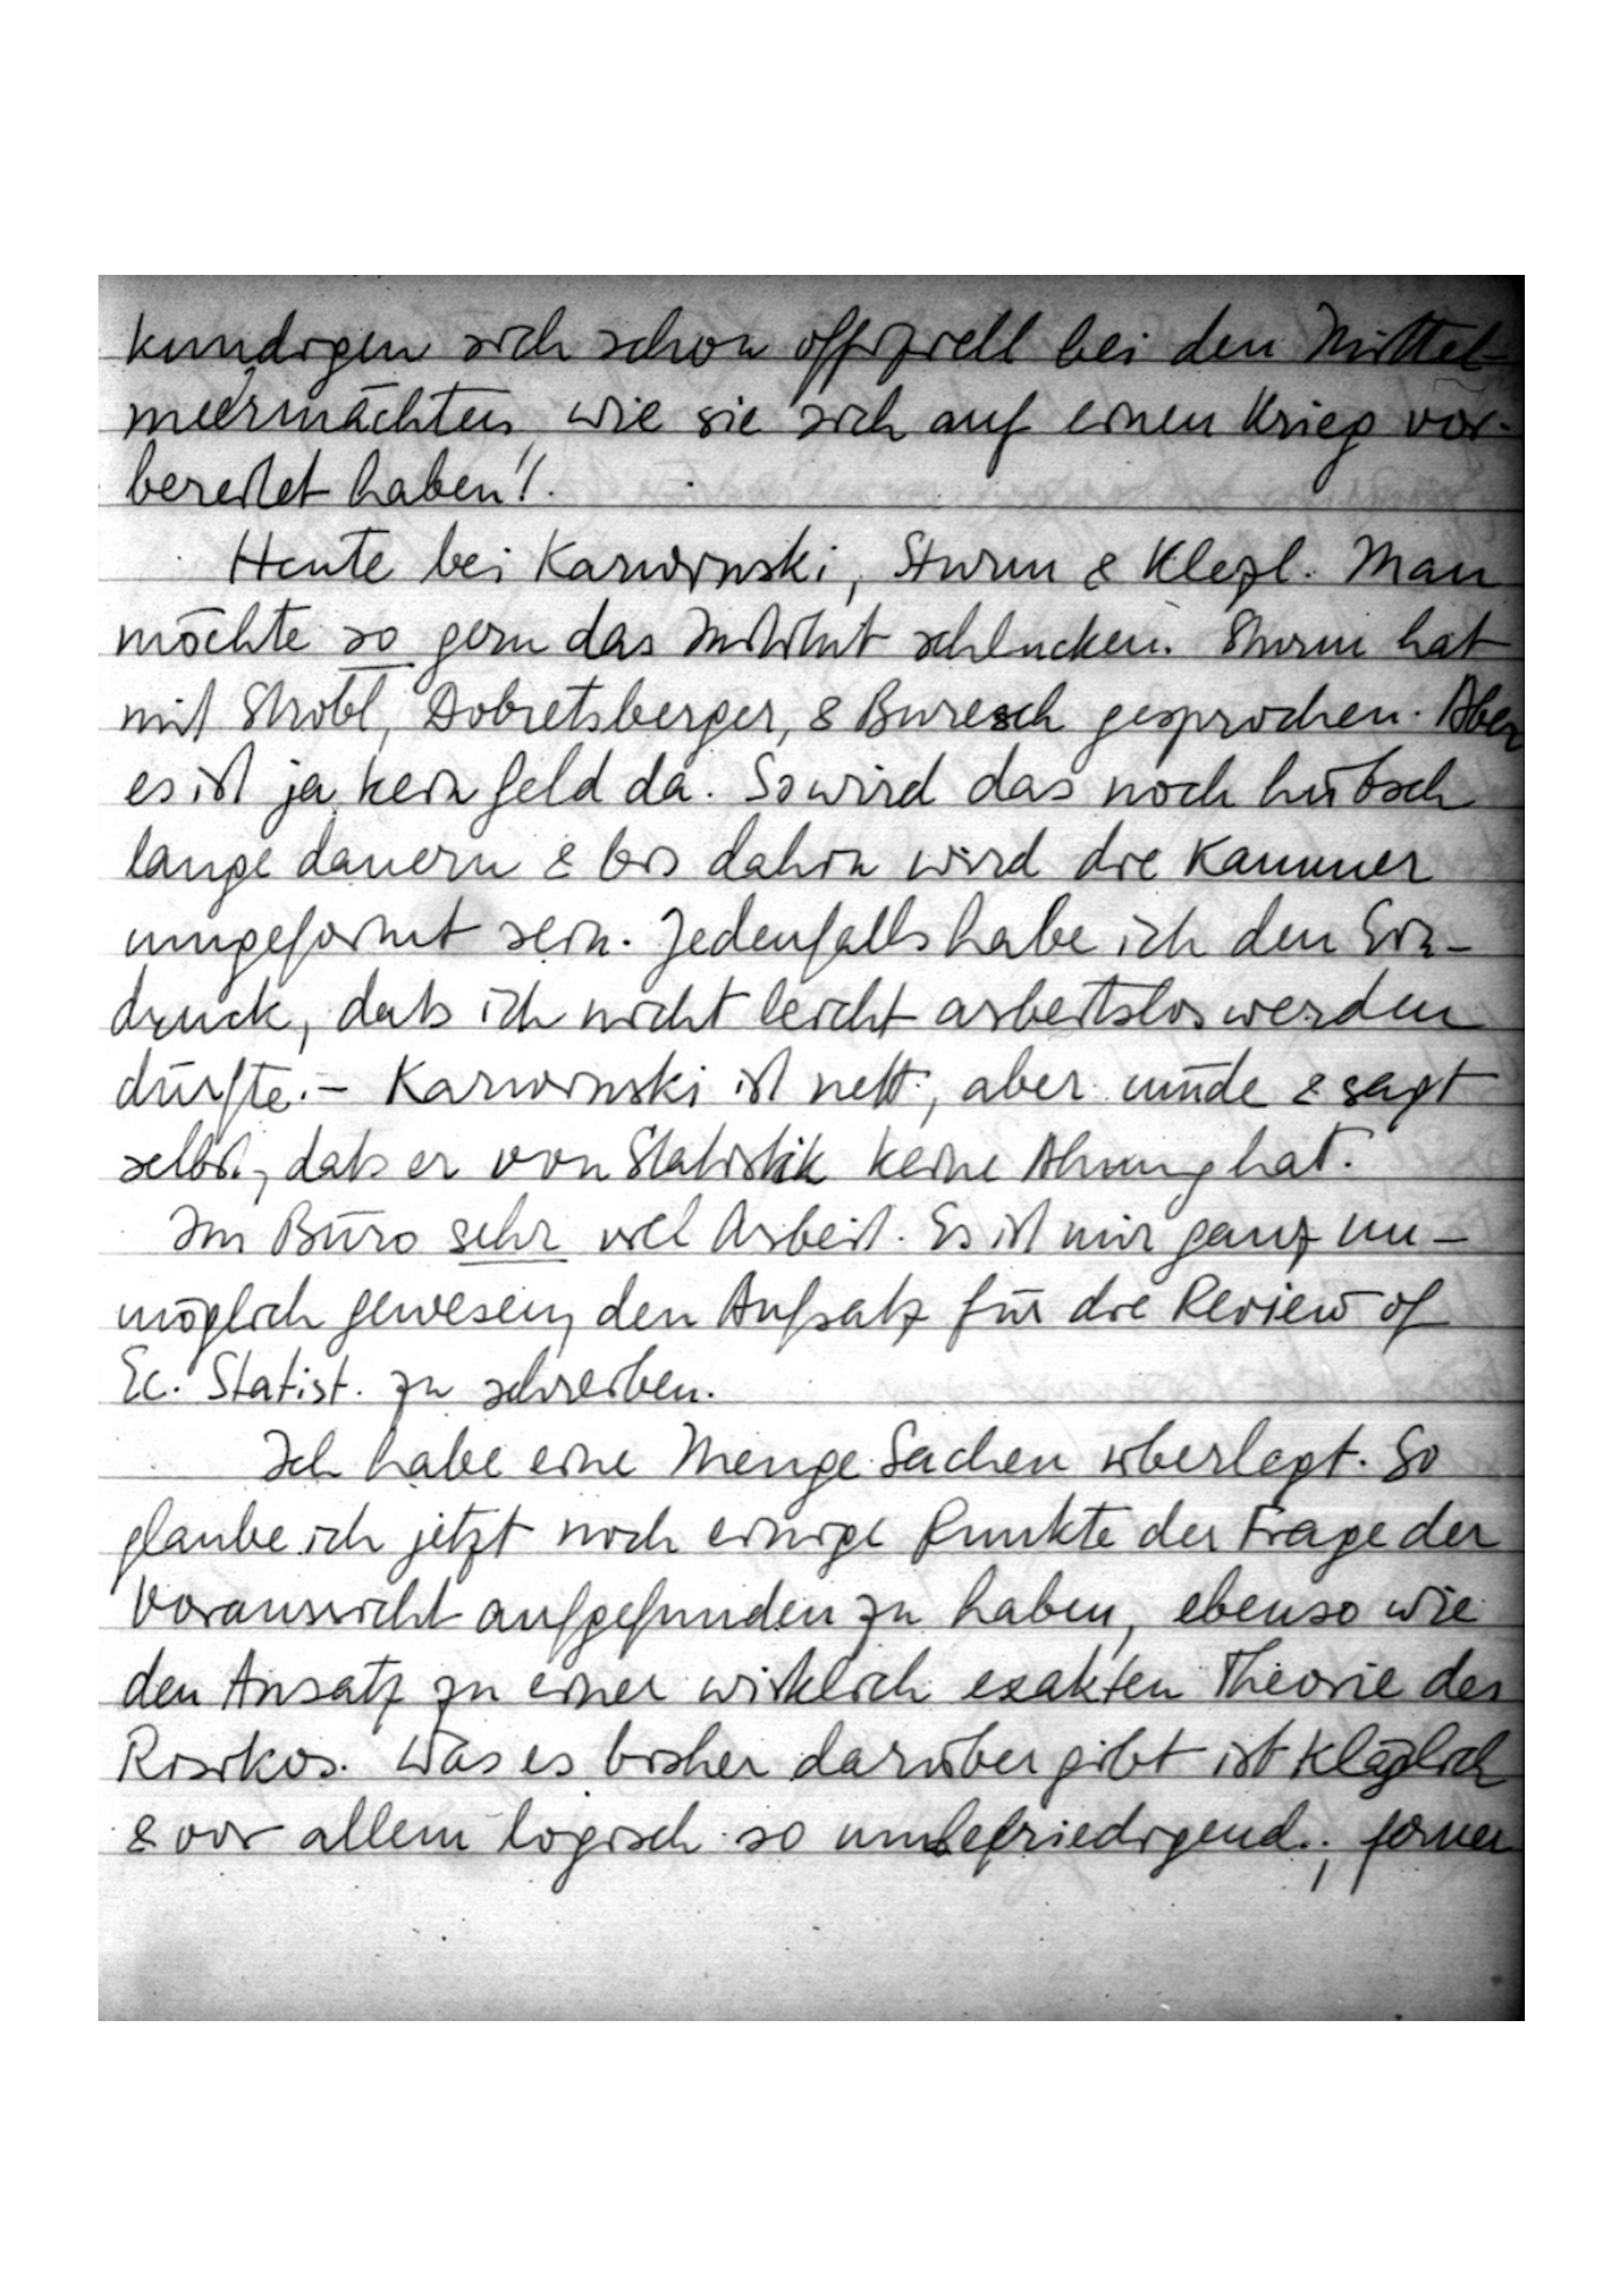
kundigen sich schon offiziell bei den Mittel
meermächten, wie sie sich auf einen Krieg vor
bereitet haben!
Heute bei Karwinski, Sturm & Klezl. Man
möchte so gern das Institut schlucken. Sturm hat
mit Strobl, Dobretsberger & Buresch gesprochen. Aber
es ist ja kein Geld da. So wird das noch hübsch
lange dauern & bis dahin wird die Kammer
umgeformt sein. Jedenfalls habe ich den Ein
druck, daß ich nicht leicht arbeitslos werden
dürfte. – Karwinski ist nett, aber müde & sagt
selbst, daß er von Statistik keine Ahnung hat
Im Büro sehr viel Arbeit. Es ist mir ganz un-
möglich gewesen, den Aufsatz für die Review of
Ec. Statist. zu schreiben.
Ich habe eine Menge Sachen überlegt. So
glaube ich jetzt noch einige Punkte der Frage der
Voraussicht aufgefunden zu haben, ebenso wie
den Ansatz zu einer wirklich exakten Theorie des
Risikos. Was es bisher darüber gibt ist kläglich
& vor allem logisch so unbefriedigend; ferner